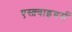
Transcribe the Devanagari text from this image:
एस्क़्वाइयर्स